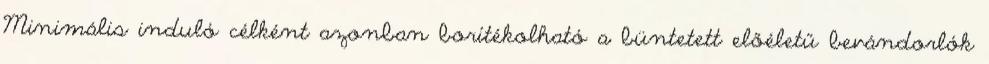
Minimális induló célként azonban borítékolható a büntetett előéletű bevándorlók